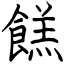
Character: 餻